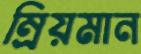
ম্রিয়মান